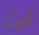
أنت